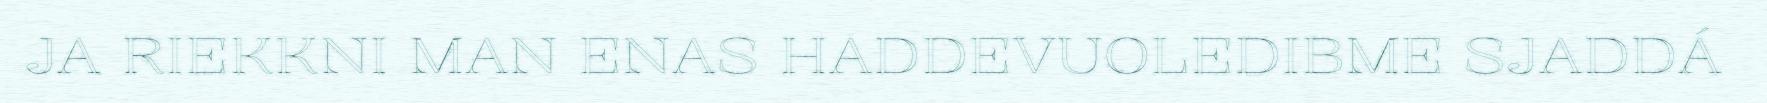
JA RIEKKNI MAN ENAS HADDEVUOLEDIBME SJADDÁ